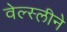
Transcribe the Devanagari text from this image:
वेल्स्लीने